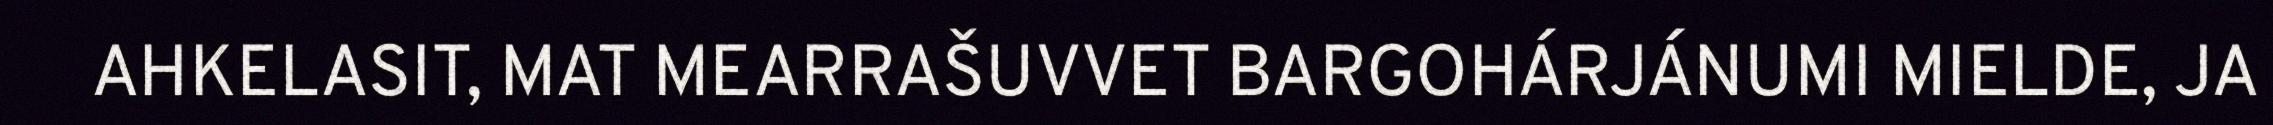
AHKELASIT, MAT MEARRAŠUVVET BARGOHÁRJÁNUMI MIELDE, JA